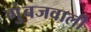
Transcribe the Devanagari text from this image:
गुंबजवाली